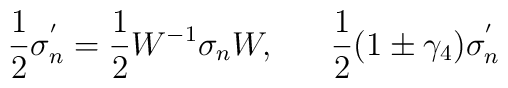
\frac{1}{2} \sigma_{n}^{'} = \frac{1}{2}  W^{-1} \sigma_{n} W,~~~~~\frac{1}{2} (1 \pm \gamma_{4}) \sigma_{n}^{'}